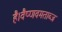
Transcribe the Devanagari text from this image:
है।वैष्णवमताब्ज